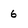
Character: 6